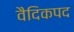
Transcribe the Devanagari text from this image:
वैदिकपद